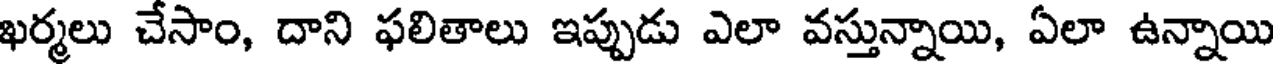
ఖర్మలు చేసాం, దాని ఫలితాలు ఇప్పుడు ఎలా వస్తున్నాయి, ఏలా ఉన్నాయి